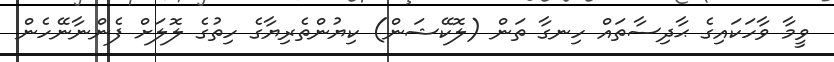
ވީމާ ވާހަކައިގެ ޙާދިސާތައް ހިނގާ ތަން (ލޮކޭޝަން) ކިޔުންތެރިޔާގެ ހިތުގެ ލޮލަށް ފެންނާނޭހެން